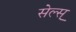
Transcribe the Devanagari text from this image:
सेल्स्